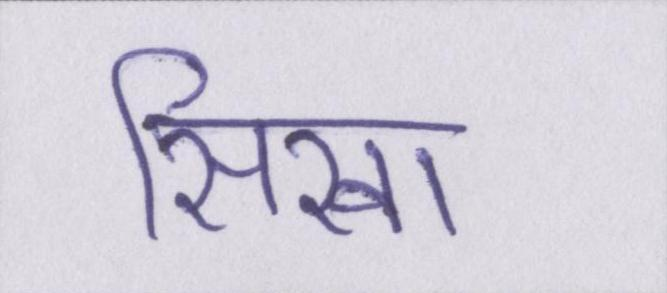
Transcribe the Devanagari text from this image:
सिखा